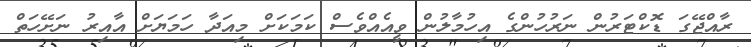
ރާއްޖޭގަ ޑޮކްޓަރުން ނަރުހުންގެ އިހުމާލުން ވީއެއްވެސް ކަމަކަށް މިއަދާ ހަމަޔަށް އާއިރު ނަށޭހަތް